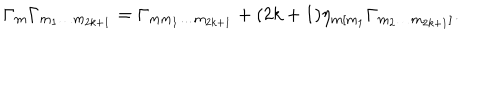
LaTeX: \Gamma _ { m } \Gamma _ { m _ { 1 } \ldots m _ { 2 k + 1 } } = \Gamma _ { m m _ { 1 } \ldots m _ { 2 k + 1 } } + ( 2 k + 1 ) \eta _ { m [ m _ { 1 } } \Gamma _ { m _ { 2 } \ldots m _ { 2 k + 1 } ] } .